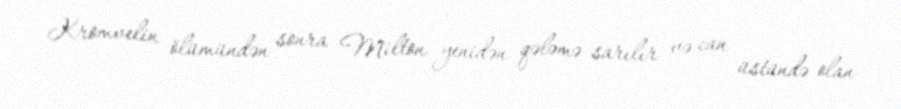
Kromvelin ölümündən sonra Milton yenidən qələmə sarılır və can üstündə olan